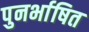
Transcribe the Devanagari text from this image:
पुनर्भाषित